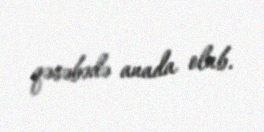
qəsəbədə anada olub.